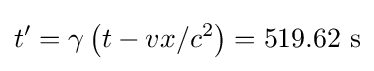
t^{\prime }=\gamma \left(t-vx/c^{2}\right)=519.62\ {\text{s}}